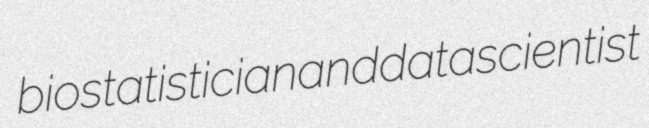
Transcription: biostatistician and data scientist